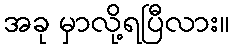
အခု မှာလို့ရပြီလား။